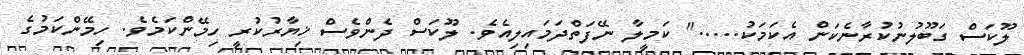
ލޫކަސް ގަބޫލުނުކުރާނެކަން އެކަމަކު....." ކަމީލާ ނޭފަތްދަމައިލިއެވެ. ލޫކަސް ދެންވެސް ޚިޔާރުކުރީ ހިމޭންކަމެވެ. ހިމޭންކަމުގެ